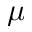
\mu